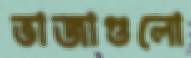
ভাজাগুলো